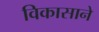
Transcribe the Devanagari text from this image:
विकासाने